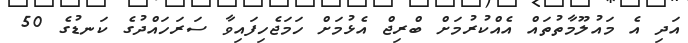
އަދި އެ މައުލޫމާތުތައް އެއްކުރުމަށް ބްރިޖް އެޅުމަށް ހަމަޖެހިފައިވާ ސަރަހައްދުގެ ކަނޑުގެ 50